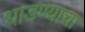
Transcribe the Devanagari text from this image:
धाडण्याचा